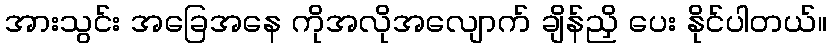
အားသွင်း အခြေအနေ ကိုအလိုအလျောက် ချိန်ညှိ ပေး နိုင်ပါတယ်။